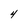
Character: 4